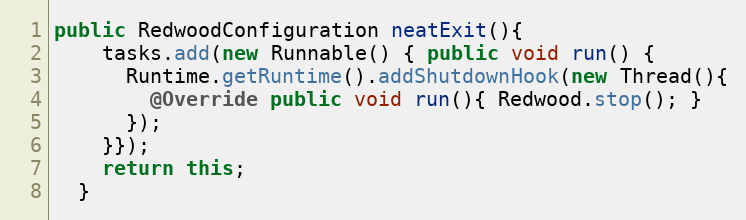
Language: Java
public RedwoodConfiguration neatExit(){
    tasks.add(new Runnable() { public void run() {
      Runtime.getRuntime().addShutdownHook(new Thread(){
        @Override public void run(){ Redwood.stop(); }
      });
    }});
    return this;
  }